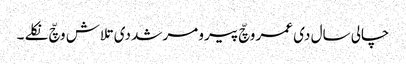
چالی سال دی عمر وچّ پیرو مرشد دی تلاش وچّ نکلے ۔